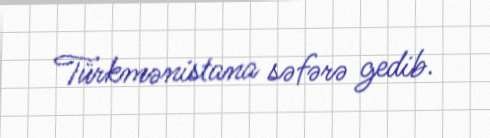
Türkmənistana səfərə gedib.